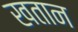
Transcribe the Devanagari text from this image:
खतान